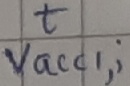
Text: t Vacc,i